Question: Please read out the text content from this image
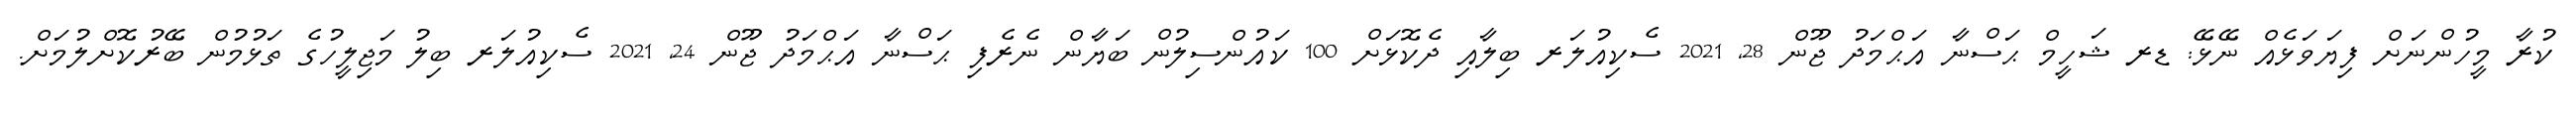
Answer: ކުރާ މީހުންނަށް ފިޔަވަޅެއް ނޭޅޭ: ޑރ ޝަހީމް ޙަސްނާ އަޙްމަދު ޖޫން 28, 2021 ސެކިއުލަރ ބިލާއި ދެކޮޅަށް 100 ކައުންސިލުން ބަޔާން ނެރެފި ޙަސްނާ އަޙްމަދު ޖޫން 24, 2021 ސެކިއުލަރ ބިލު މަޖިލީހުގެ ތަޅުމުން ބޭރުކޮށްލުމަށް.